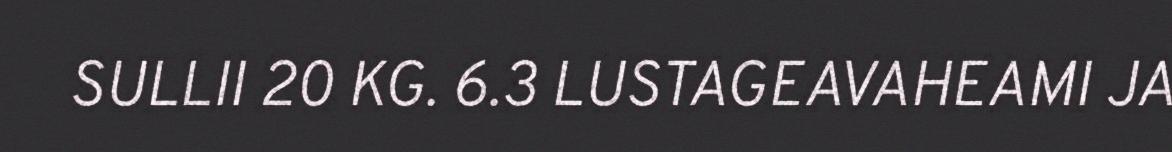
SULLII 20 KG. 6.3 LUSTAGEAVAHEAMI JA